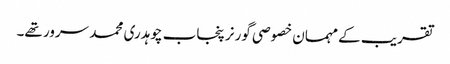
تقریب کے مہمان خصوصی گورنر پنجاب چوہدری محمد سرور تھے۔